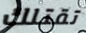
تقتلك